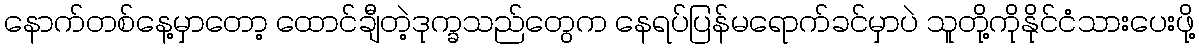
နောက်တစ်နေ့မှာတော့ ထောင်ချီတဲ့ဒုက္ခသည်တွေက နေရပ်ပြန်မရောက်ခင်မှာပဲ သူတို့ကိုနိုင်ငံသားပေးဖို့